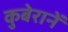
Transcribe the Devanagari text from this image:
कुबेरानें